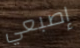
إصبعي